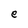
Character: e